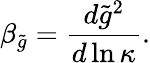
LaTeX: \beta_{\tilde{g}}=\frac{d\tilde{g}^{2}}{d\ln\kappa}.